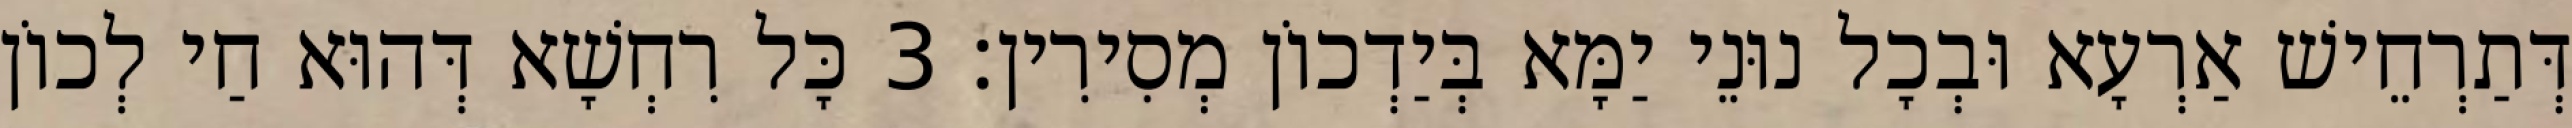
דְּתַרְחֵישׁ אַרְעָא וּבְכָל נוּנֵי יַמָּא בְּיַדְכוֹן מְסִירִין׃ 3 כָּל רִחְשָׁא דְּהוּא חַי לְכוֹן